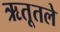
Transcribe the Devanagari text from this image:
ऋतूतले